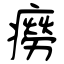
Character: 癆